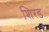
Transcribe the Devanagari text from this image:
शिरड